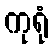
ကုရုံ